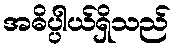
အဓိပ္ပါယ်ရှိသည်